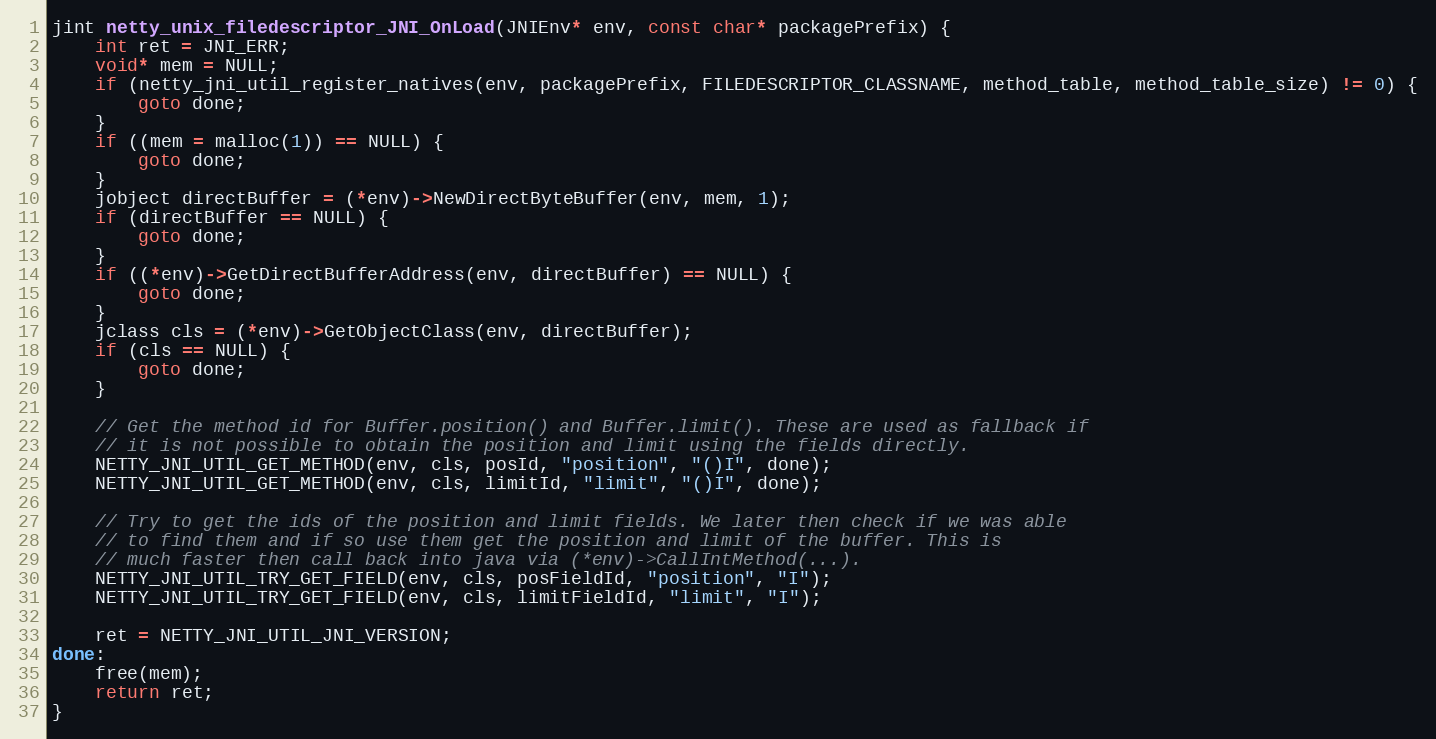
Language: C
jint netty_unix_filedescriptor_JNI_OnLoad(JNIEnv* env, const char* packagePrefix) {
    int ret = JNI_ERR;
    void* mem = NULL;
    if (netty_jni_util_register_natives(env, packagePrefix, FILEDESCRIPTOR_CLASSNAME, method_table, method_table_size) != 0) {
        goto done;
    }
    if ((mem = malloc(1)) == NULL) {
        goto done;
    }
    jobject directBuffer = (*env)->NewDirectByteBuffer(env, mem, 1);
    if (directBuffer == NULL) {
        goto done;
    }
    if ((*env)->GetDirectBufferAddress(env, directBuffer) == NULL) {
        goto done;
    }
    jclass cls = (*env)->GetObjectClass(env, directBuffer);
    if (cls == NULL) {
        goto done;
    }

    // Get the method id for Buffer.position() and Buffer.limit(). These are used as fallback if
    // it is not possible to obtain the position and limit using the fields directly.
    NETTY_JNI_UTIL_GET_METHOD(env, cls, posId, "position", "()I", done);
    NETTY_JNI_UTIL_GET_METHOD(env, cls, limitId, "limit", "()I", done);

    // Try to get the ids of the position and limit fields. We later then check if we was able
    // to find them and if so use them get the position and limit of the buffer. This is
    // much faster then call back into java via (*env)->CallIntMethod(...).
    NETTY_JNI_UTIL_TRY_GET_FIELD(env, cls, posFieldId, "position", "I");
    NETTY_JNI_UTIL_TRY_GET_FIELD(env, cls, limitFieldId, "limit", "I");

    ret = NETTY_JNI_UTIL_JNI_VERSION;
done:
    free(mem);
    return ret;
}